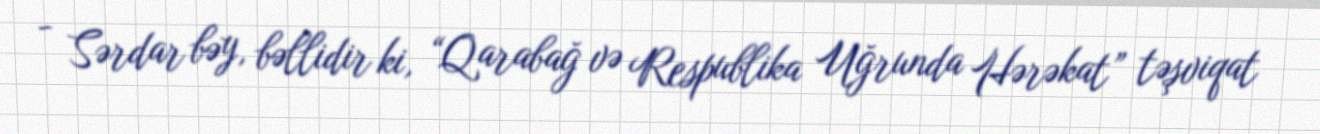
- Sərdar bəy, bəllidir ki, “Qarabağ və Respublika Uğrunda Hərəkat” təşviqat